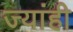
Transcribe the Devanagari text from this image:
ज्यांही